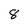
Character: 8